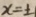
x = \pm